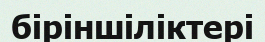
біріншіліктері